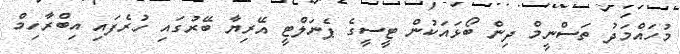
މުހައްމަދު ތަސްނީމް ދިން ބޯޅައަކުން ޓީސީގެ ޕެނަލްޓީ އޭރިޔާ ބޭރުގައި ހުރެފައި އިބްރާހިމް